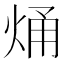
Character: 㷁